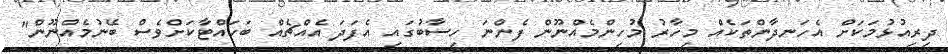
ދިރިއުޅުމަކަށް އެހަނދާންތަކެއް މިހާރު މުހިންމެއްނޫން ފެންނަ ހިސާބުގައި އެފަދަ އެއްޗެއް ބަހައްޓާކަށްވެސް ބޭނުމެއްނޫން"